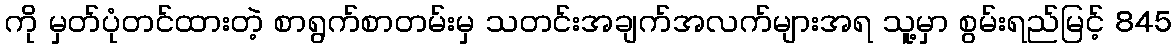
ကို မှတ်ပုံတင်ထားတဲ့ စာရွက်စာတမ်းမှ သတင်းအချက်အလက်များအရ သူ့မှာ စွမ်းရည်မြင့် 845